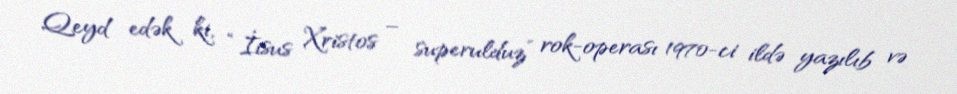
Qeyd edək ki, “İisus Xristos – superulduz” rok-operası 1970-ci ildə yazılıb və